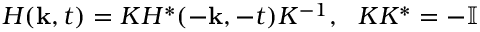
H ( { \bf k } , t ) = K H ^ { * } ( - { \bf k } , - t ) K ^ { - 1 } , ~ ~ K K ^ { * } = - \mathbb { I }